Lunatic asylums in Bengal annual reports 1899-1911 - 1899-1911
Year: 1899
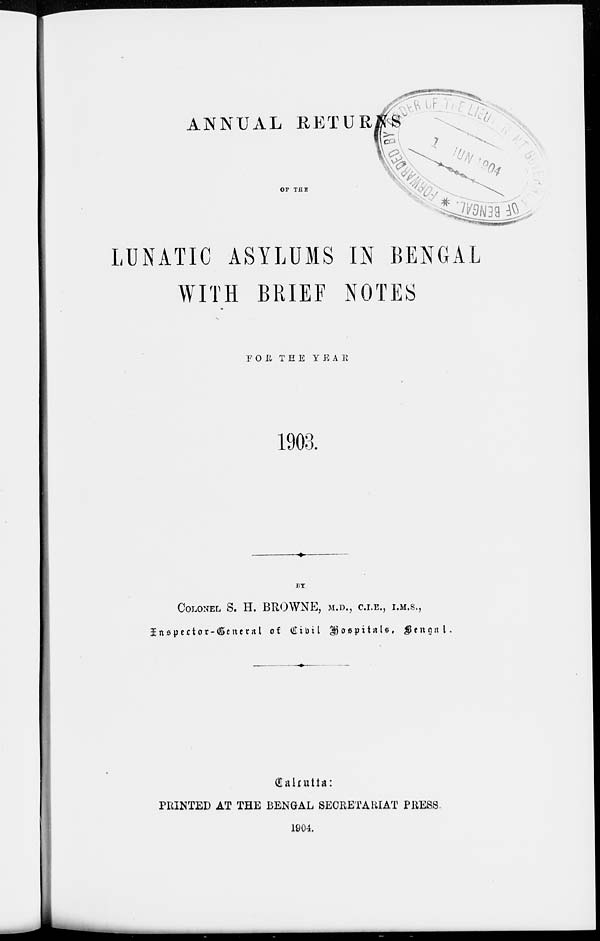
ANNUAL RETURNS
OF THE
LUNATIC ASYLUMS IN BENGAL
WITH BRIEF NOTES
FOR THE YEAR
1903.
BY
COLONEL S. H. BROWNE, M.D., C.I.E., I.M.S.,
Inspector-General of Civil Hospitals, Bengal.
Calcutta:
PRINTED AT THE BENGAL SECRETARIAT PRESS
1904.